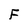
Character: F